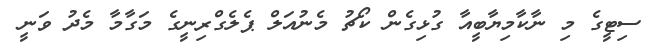
ސިޓީގެ މި ނާކާމިޔާބީއާ ގުޅިގެން ކޯޗު މެނުއަލް ޕެލެގްރިނީގެ މަގާމާ މެދު ވަނީ